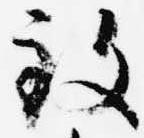
致